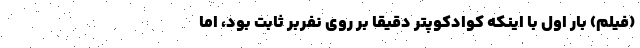
(فیلم) بار اول با اینکه کوادکوپتر دقیقا بر روی نفربر ثابت بود، اما